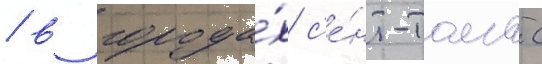
/ в города́х с'е́нт-томас